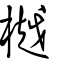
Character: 樾